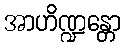
အာဟိဏ္ဍန္တော